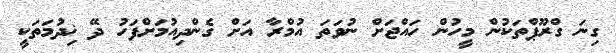
ގިނަ ގްރޫޕްތަކުން މީހުން ހައްޖަށް ނުވަތަ އުމްރާ އަށް ގެންދިއުމަށްފަހު ދޭ ޚިދުމަތަކީ